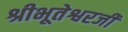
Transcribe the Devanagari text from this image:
श्रीभूतेश्वरजी